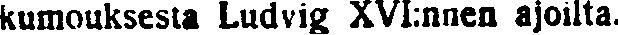
kumouksesta Ludvig XVI:nnen ajoilta.